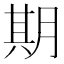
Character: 期